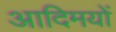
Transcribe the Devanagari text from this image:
आदिमयों